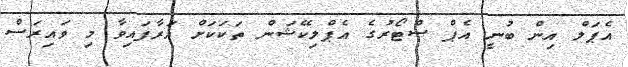
އެޕަލް އިން ބުނީ އެޕް ސްޓޯރުގެ އެޕްލިކޭޝަން ތަކަކަށް އަރާފައިވާ މި ވައިރަސް